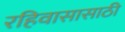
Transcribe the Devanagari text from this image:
रहिवासासाठी